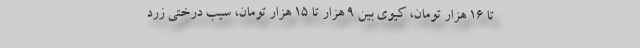
تا ۱۶ هزار تومان، کیوی بین ۹ هزار تا ۱۵ هزار تومان، سیب درختی زرد